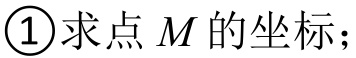
\textcircled{1}求点\(M\)的坐标；